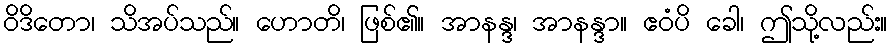
ဝိဒိတော၊ သိအပ်သည်။ ဟောတိ၊ ဖြစ်၏။ အာနန္ဒ၊ အာနန္ဒာ။ ဧဝံပိ ခေါ၊ ဤသို့လည်း။